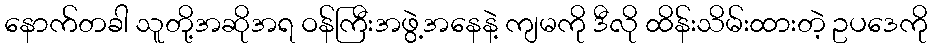
နောက်တခါ သူတို့အဆိုအရ ဝန်ကြီးအဖွဲ့အနေနဲ့ ကျမကို ဒီလို ထိန်းသိမ်းထားတဲ့ ဥပဒေကို